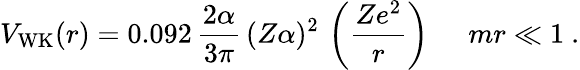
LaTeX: V_{\mathrm{WK}}(r)=0.092\, \frac{2\alpha}{3\pi}\, (Z\alpha)^{2}\, \left(\frac{Ze^{2}}{r}\right)\, ~~~~~mr\ll 1~.